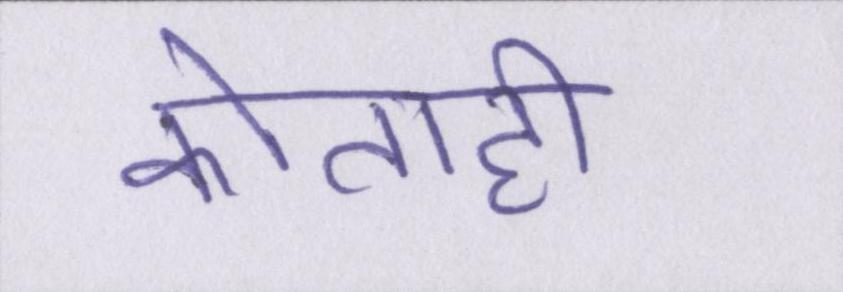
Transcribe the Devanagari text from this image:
कोताही